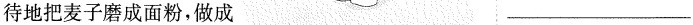
待地把麦子磨成面粉，做成 ___